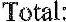
TOTAL: